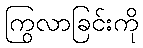
ကြွလာခြင်းကို